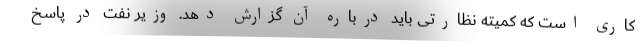
کاری است که کمیته نظارتی باید درباره آن گزارش دهد. وزیر نفت در پاسخ